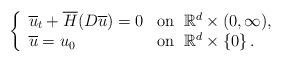
LaTeX: \begin{align*}\left\{\begin{array}{ll} \overline{u}_t+\overline{H}(D\overline{u})=0 & \textrm{on}\;\;\mathbb{R}^d\times(0,\infty), \\ \overline{u}=u_0 & \textrm{on}\;\;\mathbb{R}^d\times\left\{0\right\}.\end{array}\right.\end{align*}